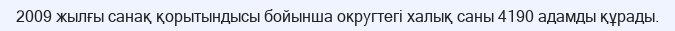
2009 жылғы санақ қорытындысы бойынша округтегі халық саны 4190 адамды құрады.